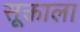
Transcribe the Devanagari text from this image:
सूक्ताला